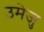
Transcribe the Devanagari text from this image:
उमेजु